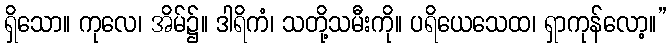
ရှိသော။ ကုလေ၊ အိမ်၌။ ဒါရိကံ၊ သတို့သမီးကို။ ပရိယေသေထ၊ ရှာကုန်လော့။”